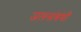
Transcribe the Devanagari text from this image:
जलसंबंधी